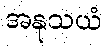
အနုသယံ